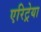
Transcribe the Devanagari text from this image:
एरिट्रेया